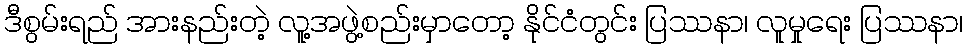
ဒီစွမ်းရည် အားနည်းတဲ့ လူ့အဖွဲ့စည်းမှာတော့ နိုင်ငံတွင်း ပြဿနာ၊ လူမှုရေး ပြဿနာ၊